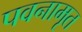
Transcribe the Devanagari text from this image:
पवनामृत